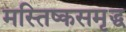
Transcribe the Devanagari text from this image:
मस्तिष्कसमृद्ध